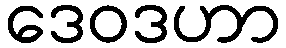
ဒေဝဒဟာ